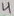
Text: 4